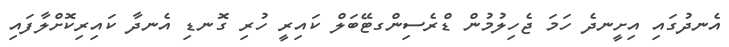
އެނދުގައި އިށީނދެ ހަމަ ޖެހިލުމުން ޑްރެސިންގޓޭބަލް ކައިރީ ހުރި ގޮނޑި އެނދާ ކައިރިކޮށްލާފައި